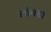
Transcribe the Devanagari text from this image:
लांबडा